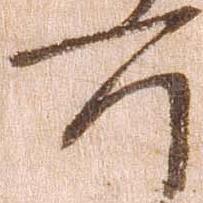
所